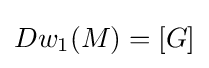
Dw_{1}(M)=[G]